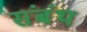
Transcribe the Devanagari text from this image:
संबंथ